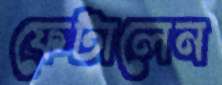
ফেটালেন